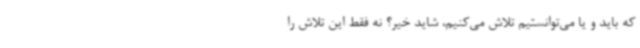
که باید و یا می‌توانستیم تلاش می‌کنیم، شاید خیر؟ نه فقط این تلاش را